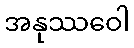
အနုဿဝေါ